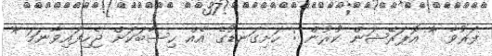
ފަރުވާ * އޮޕަރޭޝަން ކުރުން : ހަށިގަނޑުގެ އެއް ހިސާބަކަށް ޖެހިފައިވާނަމަ *